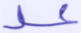
عد